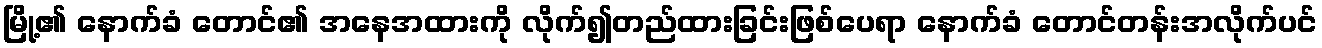
မြို့၏ နောက်ခံ တောင်၏ အနေအထားကို လိုက်၍တည်ထားခြင်းဖြစ်ပေရာ နောက်ခံ တောင်တန်းအလိုက်ပင်